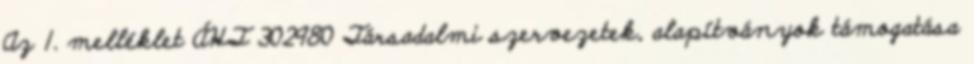
Az 1. melléklet ÁHT 302980 Társadalmi szervezetek, alapítványok támogatása